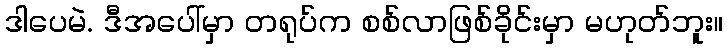
ဒါပေမဲ. ဒီအပေါ်မှာ တရုပ်က စစ်လာဖြစ်ခိုင်းမှာ မဟုတ်ဘူး။